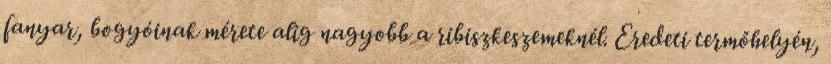
fanyar, bogyóinak mérete alig nagyobb a ribiszkeszemeknél. Eredeti termőhelyén,